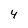
Character: 4